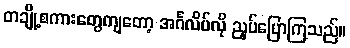
တချို့စကားတွေကျတော့ အင်္ဂလိပ်လို ညှပ်ပြောကြသည်။